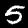
Digit: 5